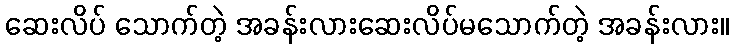
ဆေးလိပ် သောက်တဲ့ အခန်းလားဆေးလိပ်မသောက်တဲ့ အခန်းလား။